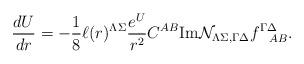
LaTeX: \begin{align*}{dU\over dr}=-{1\over 8} \ell(r)^{\Lambda\Sigma}{e^U\over r^2}C^{AB}{\rm Im}{\cal N }_{\Lambda \Sigma,\Gamma\Delta} f^{\Gamma\Delta}_{~~AB}.\end{align*}